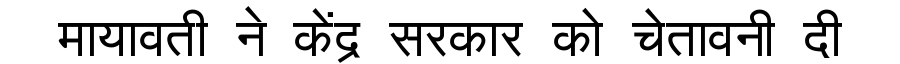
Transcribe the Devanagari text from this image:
मायावती ने केंद्र सरकार को चेतावनी दी